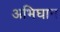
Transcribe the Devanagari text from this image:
अभिघान